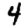
Digit: 4